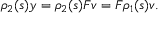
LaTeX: \rho _ { 2 } ( s ) y = \rho _ { 2 } ( s ) F v = F \rho _ { 1 } ( s ) v .